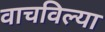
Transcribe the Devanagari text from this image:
वाचविल्या